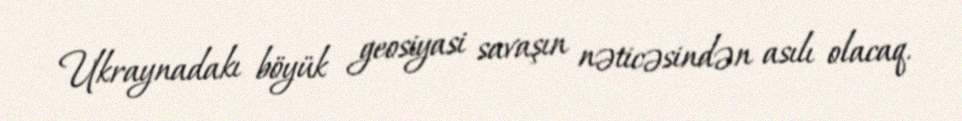
Ukraynadakı böyük geosiyasi savaşın nəticəsindən asılı olacaq.